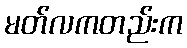
မတ်လကတည်းက